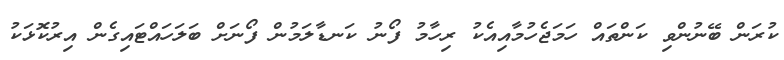
ކުރަން ބޭނުންވި ކަންތައް ހަމަޖެހުމާއިއެކު ރިހާމު ފޯނު ކަނޑާލަމުން ފޯނަށް ބަލަހައްޓައިގެން އިރުކޮޅަކު